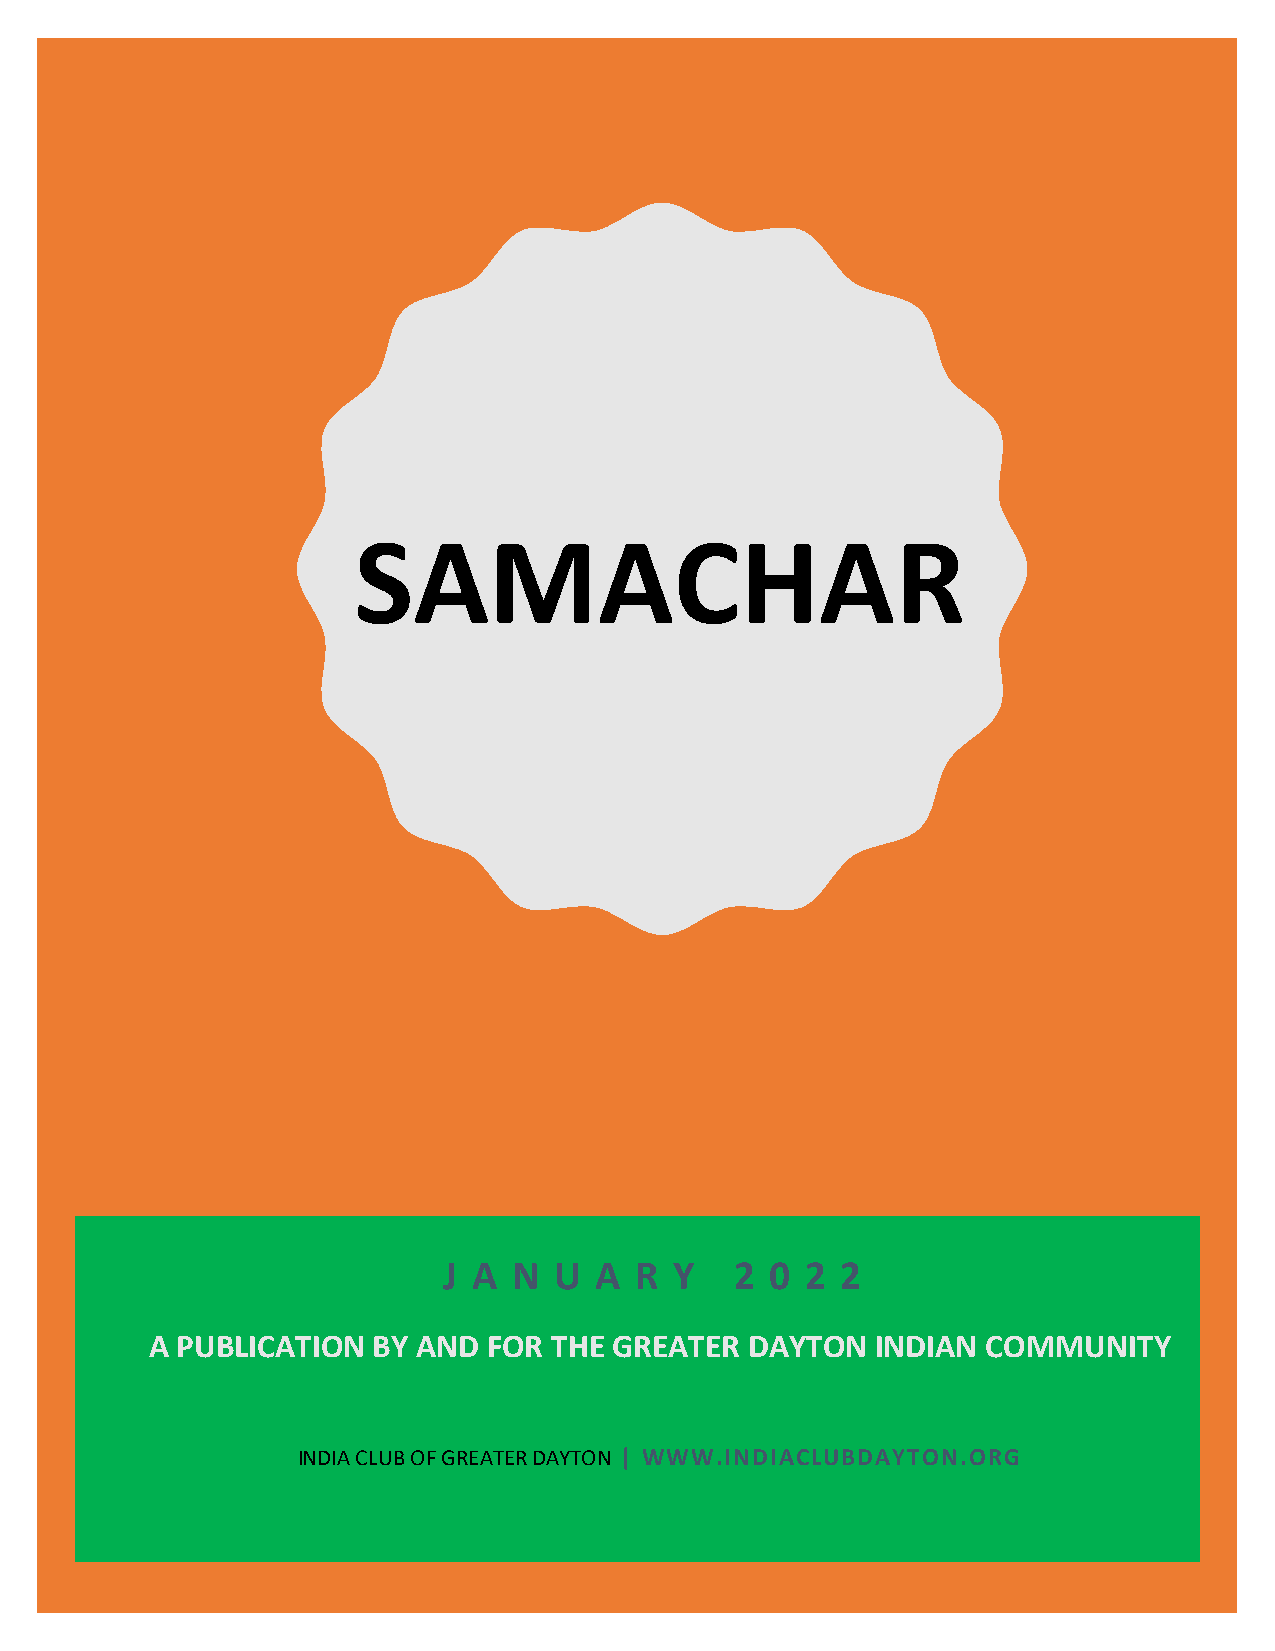
SAMACHAR
 J A  N  U A  R  Y   2 0 2  2
 A PUBLICATION  BY AND FOR  THE GREATER  DAYTON  INDIAN COMMUNITY
 INDIA CLUB OF GREATER DAYTON | WWW.INDIACLUBDAYTON.ORG
 1